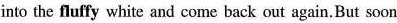
into the fluffy white and come back out again.But soon